Civil Veterinary Dept. Bombay admin report 1907-1913 - 1907-1913
Year: 1907
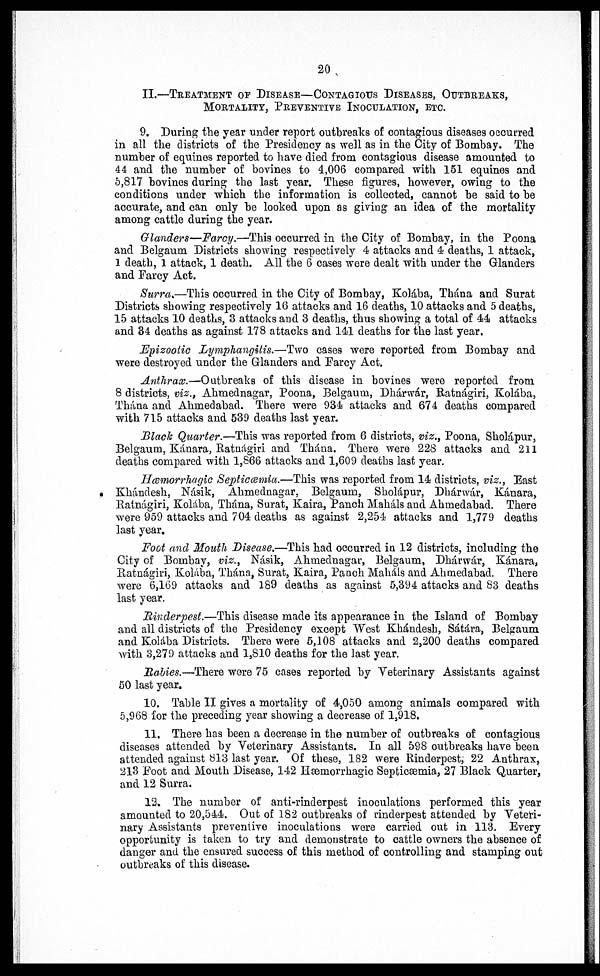
20
II.—TREATMENT OF DISEASE—CONTAGIOUS DISEASES, OUTBREAKS,
MORTALITY, PREVENTIVE INOCULATION, ETC.
9. During the year under report outbreaks of contagious diseases occurred
in all the districts of the Presidency as well as in the City of Bombay. The
number of equines reported to have died from contagious disease amounted to
44 and the number of bovines to 4,006 compared with 151 equines and
5,817 bovines during the last year. These figures, however, owing to the
conditions under which the information is collected, cannot be said to be
accurate, and can only be looked upon as giving an idea of the mortality
among cattle during the year.
Glanders—Farcy.—This occurred in the City of Bombay, in the Poona
and Belgaum Districts showing respectively 4 attacks and 4 deaths, 1 attack,
1 death, 1 attack, 1 death. All the 6 cases were dealt with under the Glanders
and Farcy Act.
Surra.—This occurred in the City of Bombay, Kolába, Thána and Surat
Districts showing respectively 16 attacks and 16 deaths, 10 attacks and 5 deaths,
15 attacks 10 deaths, 3 attacks and 3 deaths, thus showing a total of 44 attacks
and 34 deaths as against 178 attacks and 141 deaths for the last year.
Epizootic Lymphangitis.—Two cases were reported from Bombay and
were destroyed under the Glanders and Farcy Act.
Anthrax.—Outbreaks of this disease in bovines were reported from
8 districts, viz., Ahmednagar, Poona, Belgaum, Dhárwár, Ratnágiri, Kolába,
Thána and Ahmedabad. There were 934 attacks and 674 deaths compared
with 715 attacks and 539 deaths last year.
Black Quarter.—This was reported from 6 districts, viz., Poona, Sholápur,
Belgaum, Kánara, Ratnágiri and Thána. There were 228 attacks and 211
deaths compared with 1,866 attacks and 1,609 deaths last year.
Hæmorrhagic Septicæmia.—This was reported from 14 districts, viz., Bast
Khándesh, Násik, Ahmednagar, Belgaum, Sholápur, Dhárwár, Kánara,
Ratnágiri, Kolába, Thána, Surat, Kaira, Panch Mahals and Ahmedabad. There
were 959 attacks and 704 deaths as against 2,254 attacks and 1,779 deaths
last year.
Foot and Mouth Disease.—This had occurred in 12 districts, including the
City of Bombay, viz., Násik, Ahmednagar, Belgaum, Dhárwár, Kánara,
Ratnágiri, Kolába, Thána, Surat, Kaira, Panch Mahals and Ahmedabad. There
were 6,169 attacks and 189 deaths as against 5,394 attacks and 83 deaths
last year.
Rinderpest.—This disease made its appearance in the Island of Bombay
and all districts of the Presidency except West Khándesh, Sátára, Belgaum
and Kolába Districts. There were 5,108 attacks and 2,200 deaths compared
with 3,279 attacks and 1,810 deaths for the last year.
Rabies.—There were 75 cases reported by Veterinary Assistants against
50 last year.
10. Table II gives a mortality of 4,050 among animals compared with
5,968 for the preceding year showing a decrease of 1,918.
11. There has been a decrease in the number of outbreaks of contagious
diseases attended by Veterinary Assistants. In all 598 outbreaks have been
attended against 813 last year. Of these, 182 were Rinderpest, 22 Anthrax,
213 Foot and Mouth Disease, 142 Hæmorrhagic Septicæmia, 27 Black Quarter,
and 12 Surra.
12. The number of anti-rinderpest inoculations performed this year
amounted to 20,544. Out of 182 outbreaks of rinderpest attended by Veteri-
nary Assistants preventive inoculations were carried out in 113. Every
opportunity is taken to try and demonstrate to cattle owners the absence of
danger and the ensured success of this method of controlling and stamping out
outbreaks of this disease.